Vital statistics of India. Vol. IV, Annual returns from 1871 to 1876. British Army of India, Native Army and jails of Bengal
Year: 1871
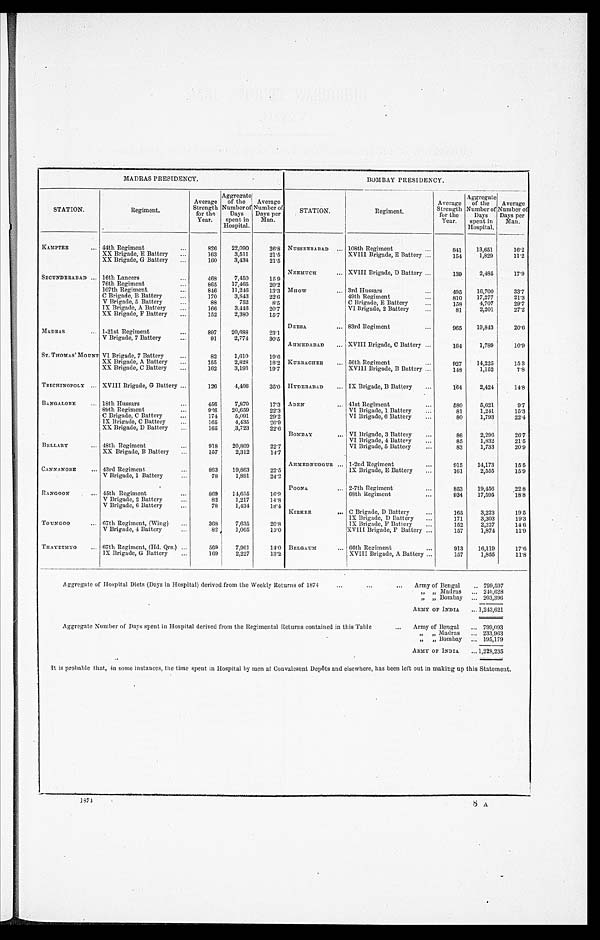
MADRAS PRESIDENCY.
STATION .
Regiment.
Average
Strength
for the
Year.
Aggregate
of the
Number of
Days
spent in
Hospital.
Average
Number of
Days per
Man.
KAMPTEE . . . 44th Regiment . . .
8 2 6
22,090
26.8
XX Brigade, E Battery . . .
163
3,511
21.5
XX Brigade, G Battery . . .
160
3,434
21.5
SECUNDERABAD . . . 16th Lancers . . .
4 6 8
7,450
15.9
76th Regiment . . .
8 6 5 17,465
20.2
107th Regiment . . .
846
11,246
13.3
C Brigade, B Battery . . .
170
3,843
22.6
V Brigade, 5 Battery . . .
88
752
8.5
IX Brigade, A Battery . . .
166
3,446
20.7
XX Brigade, F Battery . . .
152
2,380
15.7
MADRAS . . . 1-21st Regiment . . .
897
20,688
23.1
V Brigade, 7 Battery . . .
91
2,774
30.5
ST. THOMAS' MOUNT VI Brigade, 7 Battery . . .
82
1,610
19.6
XX Brigade, A Battery . . .
155
2,828
18.2
XX Brigade, C Battery . . .
162
3,193
19.7
TRICHINOPOLY . . . XVIII Brigade, G Battery . . .
126
4,406
35.0
BANGALORE . . . 18th Hussars . . .
456
7,870
17.3
89th Regiment . . .
9 2 6 20,659
22.3
C Brigade, C Battery . . .
174
5,091
29.2
IX Brigade, C Battery . . .
165
4,435
26.9
XX Brigade, D Battery . . .
165
3,723
22.6
BELLARY . . . 48th Regiment
918
20,809
22.7
XX Brigade, B Battery . . .
157
2,312
14.7
CANNANORE . . . 43rd Regiment . . .
883
19,863
22.5
V Brigade, 1 Battery . . .
78
1,891
24.2
RANGOON . . . 45th Regiment . . .
869
14,655
16.9
V Brigade, 2 Battery . . .
82
1,217
14.8
V Brigade, 6 Battery . . .
7 8 1,434
18.4
TOUNGOO . . . 67th Regiment, (Wing) . . .
368
7,635
20.8
V Brigade, 4 Battery . . .
82
1,065
13.0
THAYETMYO . . . 67th Regiment, (Hd. Qrs.) . . .
569
7,961
14.0
IX Brigade, G Battery . . .
169
2,227
13.2
BOMBAY PRESIDENCY.
STATION.
Regiment.
Average
Strength
for the
Year.
Aggregate
of the
Number of
Days
spent in
Hospital.
Average
Number of
Days per
Man.
NUSSEERABAD . . . 108th Regiment . . .
8 4 1
13,651
16.2
XVIII Brigade, E Battery . . .
154
1,829
11.2
NEEMUCH . . . XVIII Brigade, D Battery . . .
139
2,485
17.9
MHOW . . . 3rd Hussars . . .
495
16,700
33.7
49th Regiment . . .
8 1 0 17,277
21.3
C Brigade, E Battery . . .
158
4,707
29.7
VI Brigade, 2 Battery . . .
81
2,201
27.2
DEESA . . . 83rd Regiment . . .
9 6 5
19,843
20.6
AHMEDABAD . . . XVIII Brigade, C Battery . . .
164
1,789
10.9
KURRACHEE . . . 56th Regiment . . .
9 2 7 14,225
15.3
XVIII Brigade, B Battery . . .
148
1,152
7.8
HYDERABAD . . . IX Brigade, B Battery . . .
1 6 4
2,424
14.8
ADEN . . . 41st Regiment . . .
5 8 0
5,621
9.7
VI Brigade, 1 Battery . . .
81
1,241
15.3
VI Brigade, 6 Battery . . .
80
1,793
22.4
BOMBAY . . . VI Brigade, 3 Battery . . .
86
2,296
26.7
VI Brigade, 4 Battery . . .
85
1,832
21.5
VI Brigade, 5 Battery . . .
83
1,733
20.9
AHMEDNUGGUR . . . 1-2nd Regiment . . .
9 1 5
14,173
15.5
IX Brigade, E Battery . . .
161
2,555
15.9
POONA . . . 2-7th Regiment . . .
8 5 3
19,456
22.8
68th Regiment . . .
934
17,595
18.8
KIRKER . . . C Brigade, D Battery . . .
165
3,223
19.5
IX Brigade, D Battery . . .
171
3,303
19.3
IX Brigade, F Battery . . .
152
2,227
14.6
XVIII. Brigade, F Battery . . .
157
1,874
11.9
BELGAUM . . . 66th Regiment . . .
9 1 3 16,119
17.6
XVIII Brigade, A Battery . . .
157
1,855
11.8
Aggregateof Hospital Diets (Days in Hospital) derived from the Weekly Returns of 1874 . . .
Army of Bengal . . . 799,597
" " Madras . . . 240,628
" " Bombay . . . 203,396
ARMY OF INDIA . . . 1,243,621
Aggregate Number of Days spent in Hospital derived from the Regimental Returns contained in this Table . . .
Army of Bengal . . . 799,093
" " Madras . . . 233,963
" " Bombay . . . 195,179
ARMY OF INDIA . . . 1,228,235
It is probable that, in some instances, the time spent in Hospital by men at Convalesent Depôts and elsewhere, has been left out in making up this Statement.
1874
8 A